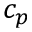
c _ { p }